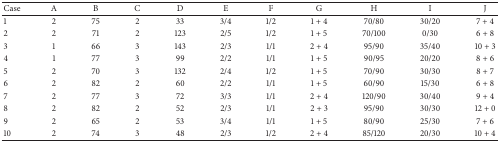
| Case | A | B | C | D | E | F | G | H | I | J |
 | --- | --- | --- | --- | --- | --- | --- | --- | --- | --- | --- |
 | 1 | 2 | 75 | 2 | 33 | 3/4 | 1/2 | 1 + 4 | 70/80 | 30/20 | 7 + 4 |
 | 2 | 2 | 71 | 2 | 123 | 2/5 | 1/2 | 1 + 5 | 70/100 | 0/30 | 6 + 8 |
 | 3 | 1 | 66 | 3 | 143 | 2/3 | 1/1 | 2 + 4 | 95/90 | 35/40 | 10 + 3 |
 | 4 | 1 | 77 | 3 | 99 | 2/2 | 1/1 | 1 + 5 | 90/95 | 20/20 | 8 + 6 |
 | 5 | 2 | 70 | 3 | 132 | 2/4 | 1/2 | 1 + 5 | 70/90 | 30/30 | 8 + 7 |
 | 6 | 2 | 82 | 2 | 60 | 2/2 | 1/1 | 1 + 5 | 60/90 | 15/30 | 6 + 8 |
 | 7 | 2 | 77 | 3 | 72 | 3/3 | 1/1 | 2 + 4 | 120/90 | 30/40 | 9 + 4 |
 | 8 | 2 | 82 | 2 | 52 | 2/3 | 1/1 | 2 + 3 | 95/90 | 30/30 | 12 + 0 |
 | 9 | 2 | 65 | 2 | 53 | 3/4 | 1/1 | 1 + 5 | 80/90 | 25/30 | 7 + 6 |
 | 10 | 2 | 74 | 3 | 48 | 2/3 | 1/2 | 2 + 4 | 85/120 | 20/30 | 10 + 4 |